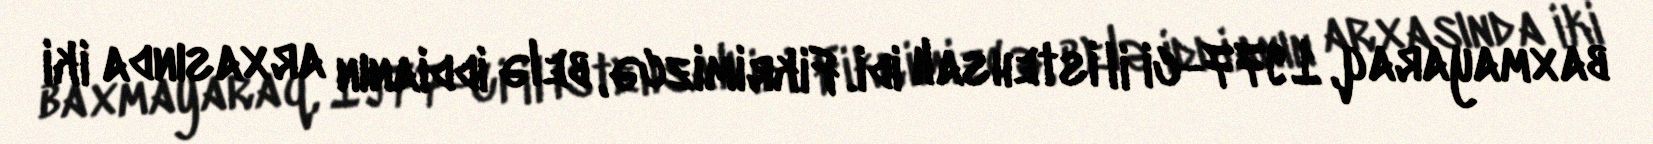
baxmayaraq, 1977-ci il istehsalı idi. Fikrimizcə, belə iddianın arxasında iki